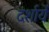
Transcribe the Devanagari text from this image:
दर्शायें